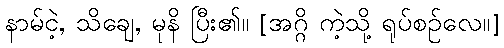
နာမ်ငဲ့, သိချေ, မုနိ ပြီး၏။ [အဂ္ဂိ ကဲ့သို့ ရုပ်စဉ်လေ။]